Scottish Leaving Certificate Examination, 1951
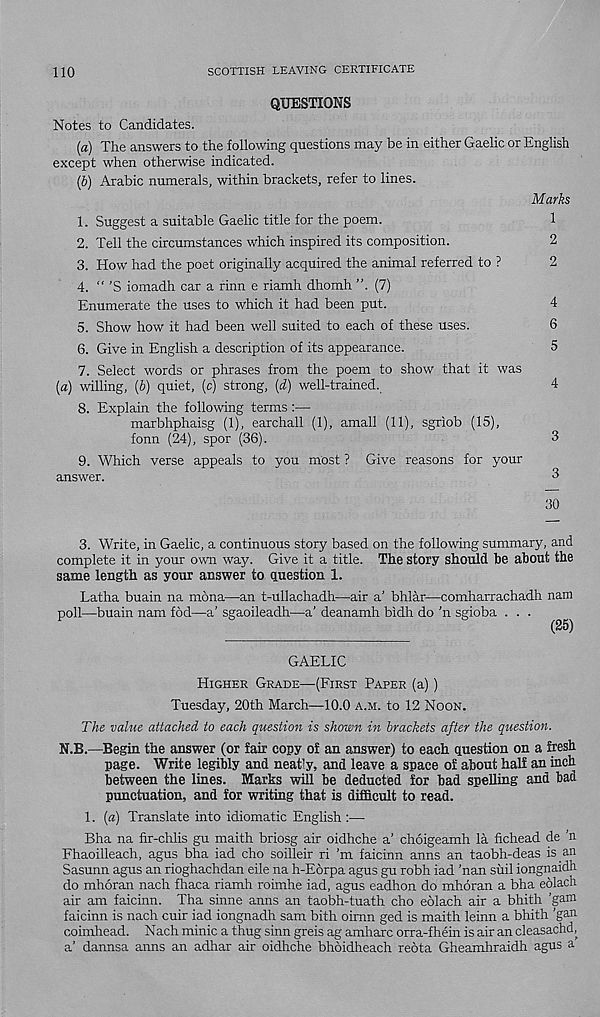
110
SCOTTISH LEAVING CERTIFICATE
QUESTIONS
Notes to Candidates.
(a) The answers to the following questions may be in either Gaelic or English
except when otherwise indicated.
(b) Arabic numerals, within brackets, refer to lines.
Marks
1. Suggest a suitable Gaelic title for the poem.
1
2. Tell the circumstances which inspired its composition.
2
3. How had the poet originally acquired the animal referred to ?
2
4. “ ’S iomadh car a rinn e riamh dhomh ”. (7)
Enumerate the uses to which it had been put.
4
5. Show how it had been well suited to each of these uses.
6
6. Give in English a description of its appearance.
5
7. Select words or phrases from the poem to show that it was
(a) willing, (b) quiet, (c) strong, (d) well-trained.
4
8. Explain the following terms :—
marbhphaisg (1), earchall (1), amall (11), sgriob (15),
fonn (24), spor (36).
3
9. Which verse appeals to you most ? Give reasons for your
answer.
3
30
3. Write, in Gaelic, a continuous story based on the following summary, and
complete it in your own way. Give it a title. The story should be about the
same length as your answer to question 1.
Latha buain na mona—an t-ullachadh—air a’ bhlar—comharrachadh nam
poll—buain nam fod—a’ sgaoileadh—a’ deanamh bidh do ’n sgioba . . .
GAELIC
Higher Grade—(First Paper (a))
Tuesday, 20th March—10.0 a.m. to 12 Noon.
The value attached to each question is shown in brackets after the question.
N.B.—Begin the answer (or fair copy of an answer) to each question on a fresh
page. Write legibly and neatly, and leave a space of about half an inch
between the lines. Marks will be deducted for bad spelling and bad
punctuation, and for writing that is difficult to read.
1. (a) Translate into idiomatic English :—
Bha na fir-chlis gu maith briosg air oidhche a’ choigeamh la fichead de 'n
Fhaoilleach, agus bha iad cho soilleir ri ’m faicinn anns an taobh-deas is an
Sasunn agus an rioghachdan eile na h-E6rpa agus gu robh iad 'nan suil iongnaidh
do mhoran nach fhaca riamh roimhe iad, agus eadhon do mhoran a bha eolach
air am faicinn. Tha sinne anns an taobh-tuath cho eolach air a bhith 'gam
faicinn is nach cuir iad iongnadh sam bith oimn ged is maith leinn a bhith 'gan
coimhead. Nach minic a thug sinn greis ag amharc orra-fhein is air an cleasachd,
a’ dannsa anns an adhar air oidhche bhoidheach reota Gheamhraidh agus a